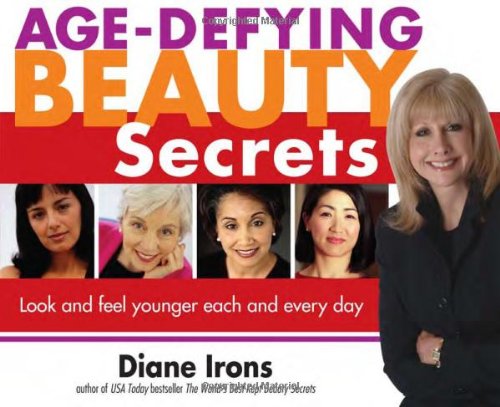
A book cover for Age-Defying Beauty Secrets: Look and Feel Younger Each and Every Day; Diane Irons; Health, Fitness & Dieting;